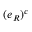
( e _ { R } ) ^ { c }